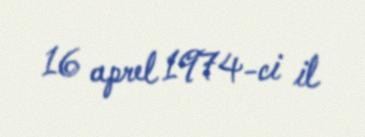
16 aprel 1974-ci il